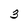
Character: 3